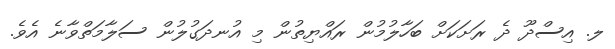
ލ. އިސްދޫ ދެ ރަށަކަށް ބަހާލުމުން ރައްޔިތުން މި އުނދަގުލުން ސަލާމަތްވާނެ އެވެ.